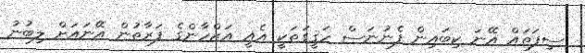
ސިފަތައް އޭނަ ކިބައިން ފެނުނަސް ހަޤީގަތަކީ އެއީ އަޒްހާންގެ ފަރާތުން އޭނައަށް ލިބުނު